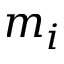
m _ { i }